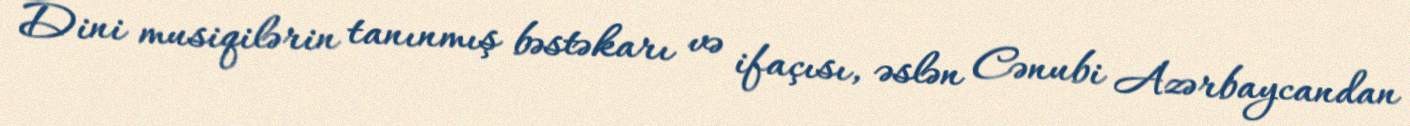
Dini musiqilərin tanınmış bəstəkarı və ifaçısı, əslən Cənubi Azərbaycandan